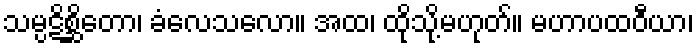
သမ္ပဋိစ္ဆိတော၊ ခံလေသလော။ အထ၊ ထိုသို့မဟုတ်။ မဟာပထဝီယာ၊